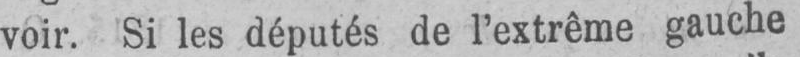
voir. Si les députés de l’extrême gauche